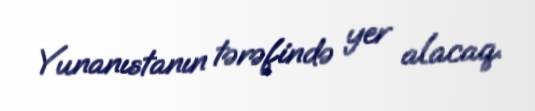
Yunanıstanın tərəfində yer alacaq.